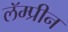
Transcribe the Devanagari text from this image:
लॅम्प्रीन